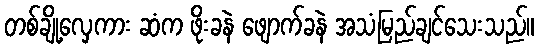
တစ်ချို့လှေကား ဆံက ဖိုးခနဲ ဖျောက်ခနဲ အသံမြည်ချင်သေးသည်။